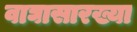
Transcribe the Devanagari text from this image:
वाघासारख्या